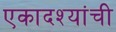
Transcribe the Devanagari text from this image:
एकादश्यांची